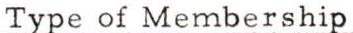
Type of Membership